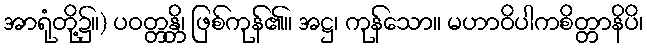
အာရုံတို့၌။) ပဝတ္တန္တိ၊ ဖြစ်ကုန်၏။ အဋ္ဌ၊ ကုန်သော။ မဟာဝိပါကစိတ္တာနိပိ၊